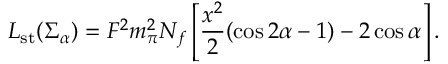
{ \cal L } _ { \mathrm { s t } } ( \Sigma _ { \alpha } ) = F ^ { 2 } { m _ { \pi } ^ { 2 } } N _ { f } \left[ { \frac { x ^ { 2 } } { 2 } } ( \cos 2 \alpha - 1 ) - 2 \cos \alpha \right] .